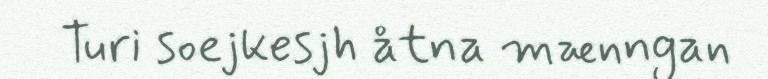
Turi soejkesjh åtna mænngan